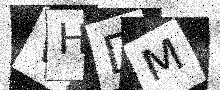
Text: VHDM